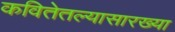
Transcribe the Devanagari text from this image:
कवितेतल्यासारख्या